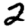
Digit: 2